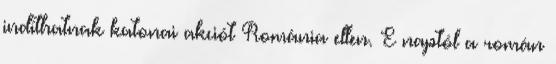
indíthatnak katonai akciót Románia ellen. E naptól a román